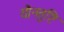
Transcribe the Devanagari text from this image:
यौनतुष्टि